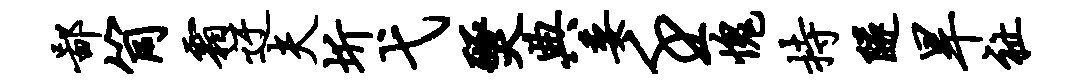
鄙筒霜迂夫圻弋燹典委壬愧持隧旱祉